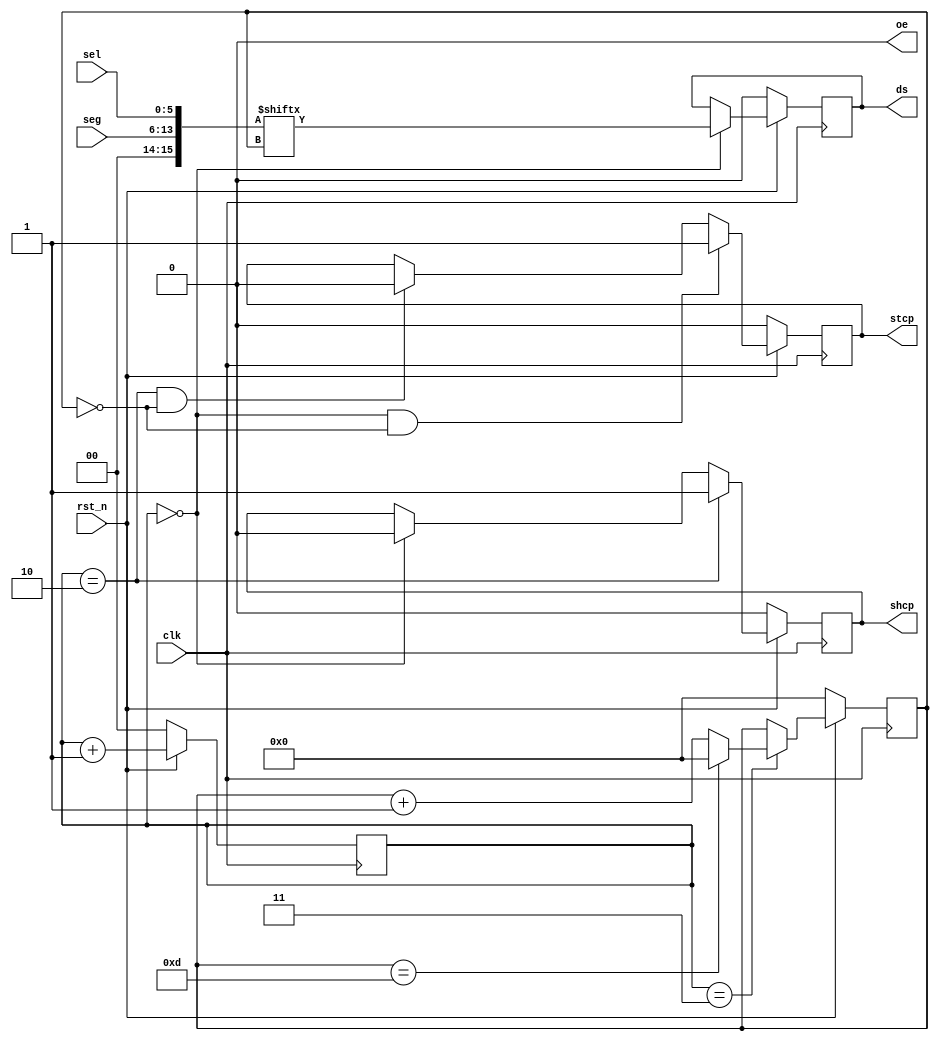
// This program was cloned from: https://github.com/michaelliao/learn-verilog
// License: GNU General Public License v3.0

// digital tube display

module digital_tube_display
(
    input clk,
    input rst_n,
    input [7:0] seg,
    input [5:0] sel,
    output reg shcp,
    output reg stcp,
    output reg ds,
    output oe
);

    reg [1:0] cnt;
    reg [3:0] cnt_bit;

    wire [15:0] data;

    assign data = {seg[7:0], sel[5:0]};

    always @ (posedge clk) begin
        if (! rst_n)
            begin
                cnt <= 2'b0;
                cnt_bit <= 4'b0;
                ds <= 1'b0;
                shcp <= 1'b0;
                stcp <= 1'b0;
            end
        else
            begin
                cnt <= cnt + 2'h1;
                if (cnt == 2'h3)
                    begin
                        if (cnt_bit == 4'hd)
                            cnt_bit <= 4'h0;
                        else
                            cnt_bit <= cnt_bit + 4'h1;
                    end
                else
                    cnt_bit <= cnt_bit;
                // output ds:
                if (cnt == 2'b0)
                    ds <= data[cnt_bit];
                else
                    ds <= ds;
                // output shcp:
                if (cnt == 2'h2)
                    shcp <= 1'b1;
                else if (cnt == 2'h0)
                    shcp <= 1'b0;
                else
                    shcp <= shcp;
                // output stcp:
                if (cnt == 2'h0 && cnt_bit == 4'h0)
                    stcp <= 1'b1;
                else if (cnt == 2'h2 && cnt_bit == 4'h0)
                    stcp <= 1'b0;
                else
                    stcp <= stcp;
            end
    end

    assign oe = 1'b0;

endmodule